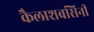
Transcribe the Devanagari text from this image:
कैलाशबसिनी